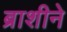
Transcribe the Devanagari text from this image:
ब्राशीने